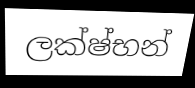
ලක්ෂ්භන්